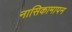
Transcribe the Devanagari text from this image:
नासिकामापन